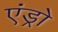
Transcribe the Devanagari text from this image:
एंड्रो